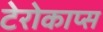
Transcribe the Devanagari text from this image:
टेरोकाप्स